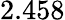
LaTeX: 2.458